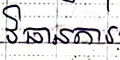
វិធានការ